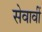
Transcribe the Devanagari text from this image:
सेवावीं